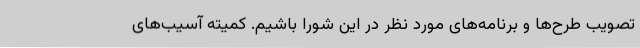
تصویب طرح‌ها و برنامه‌های مورد نظر در این شورا باشیم. کمیته‌ آسیب‌های